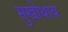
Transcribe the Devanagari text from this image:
सुखोथाय